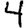
Digit: 4